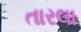
તારલા